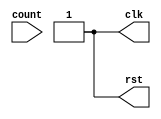
module stimulus (count, clk, rst);

	input [3:0] count;
	output clk, rst;
	
	reg clk, rst;
	
	always
		#5 clk = ~clk; //toggle clk every 5 time units

	initial
	begin
		clk = 1'b0; //at t = 0, set clk to 0
		rst = 1'b0; //at t = 0, set rst to 0 to clear the counter
		#20 rst = 1'b1;	//at t = 20, set rst to 1 to run the counter
		#125 rst = 1'b0; //at t = 145, set rst to 0 to clear the counter
		#35 rst = 1'b1;	//at t = 180, set rst to 1 to restart the counter		
	end

	// monitor the outputs
	initial
		$monitor($time, ", rst = %b, count = %d", rst, count);

endmodule